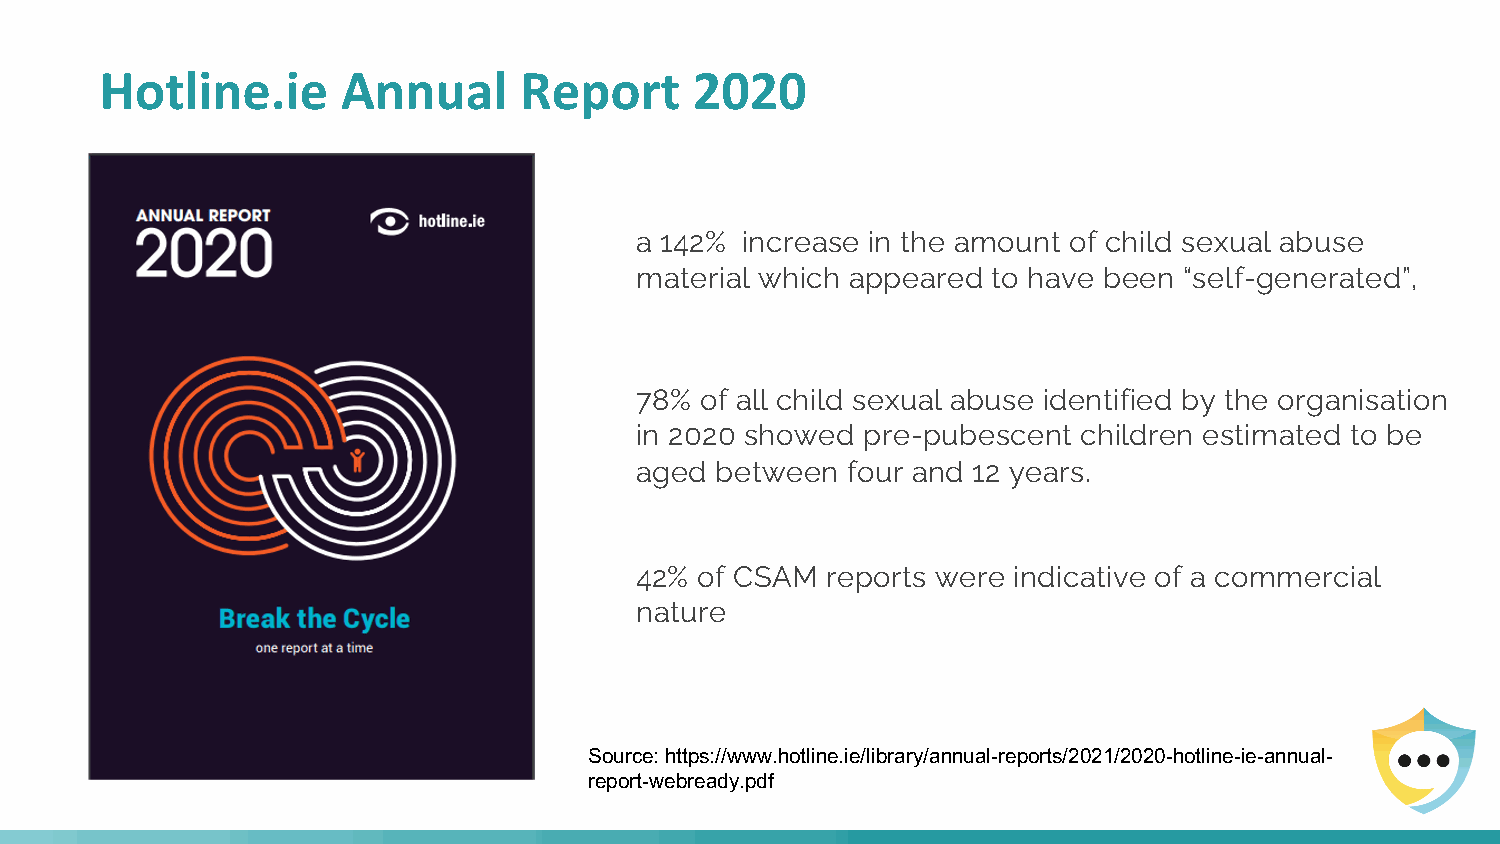
Hotline.ie      Annual     Report      2020
 a 142% increase in the amount of child sexual abuse
 material which appeared to have been “self-generated”,
 78% of all child sexual abuse identified by the organisation
 in 2020 showed pre-pubescent  children estimated to be
 aged between  four and 12 years.
 42% of CSAM  reports were indicative of a commercial
 nature
 Source: https://www.hotline.ie/library/annual-reports/2021/2020-hotline-ie-annual-
 report-webready.pdf